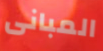
المبانى